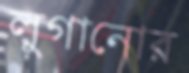
লুগানোর